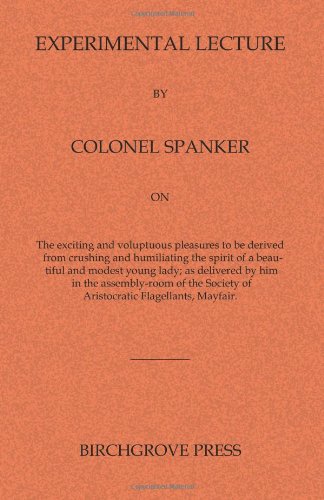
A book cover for Experimental Lecture By Colonel Spanker; Anonymous; Romance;